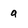
Character: a